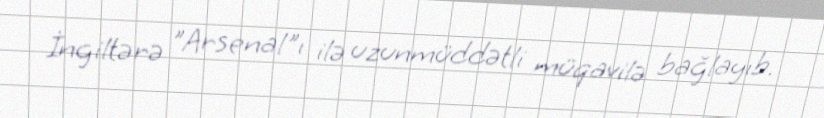
İngiltərə "Arsenal"ı ilə uzunmüddətli müqavilə bağlayıb.